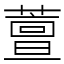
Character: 䕊